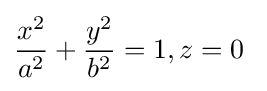
{\frac {x^{2}}{a^{2}}}+{\frac {y^{2}}{b^{2}}}=1,z=0\